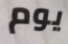
يوم